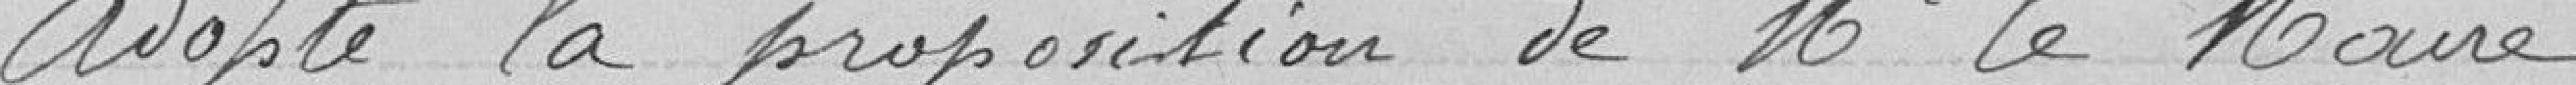
adopte la proposition de Mr le Maire.